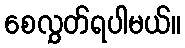
စေလွှတ်ရပါမယ်။